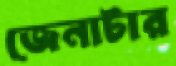
জেনাটার